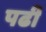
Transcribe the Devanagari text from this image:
पढीं